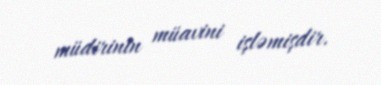
müdirinin müavini işləmişdir.